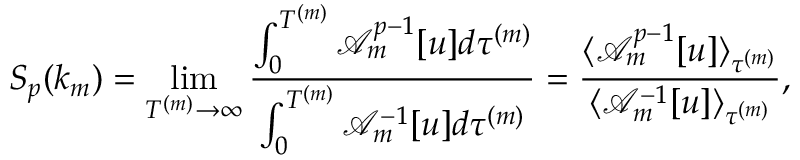
S _ { p } ( k _ { m } ) = \operatorname* { l i m } _ { T ^ { ( m ) } \to \infty } \frac { \int _ { 0 } ^ { T ^ { ( m ) } } \mathcal { A } _ { m } ^ { p - 1 } [ u ] d \tau ^ { ( m ) } } { \int _ { 0 } ^ { T ^ { ( m ) } } \mathcal { A } _ { m } ^ { - 1 } [ u ] d \tau ^ { ( m ) } } = \frac { \langle \mathcal { A } _ { m } ^ { p - 1 } [ u ] \rangle _ { \tau ^ { ( m ) } } } { \langle \mathcal { A } _ { m } ^ { - 1 } [ u ] \rangle _ { \tau ^ { ( m ) } } } ,